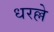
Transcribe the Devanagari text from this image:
धरल्ले